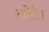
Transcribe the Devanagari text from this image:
छोटे।